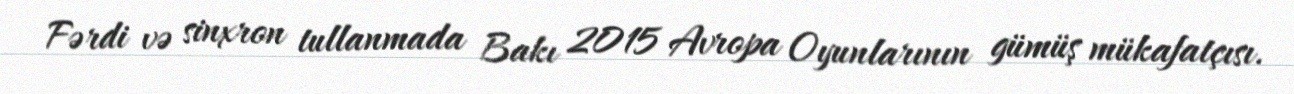
Fərdi və sinxron tullanmada Bakı 2015 Avropa Oyunlarının gümüş mükafatçısı.